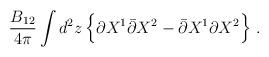
LaTeX: \begin{align*}\frac{B_{12}}{4\pi} \int d^2z\, \Bigl\{ \partial X^1\bar\partial X^2 - \bar\partial X^1 \partial X^2 \Bigr\} \ .\end{align*}